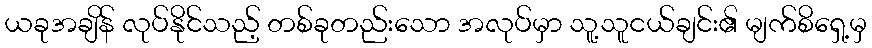
ယခုအချိန် လုပ်နိုင်သည့် တစ်ခုတည်းသော အလုပ်မှာ သူ့သူငယ်ချင်း၏ မျက်စိရှေ့မှ